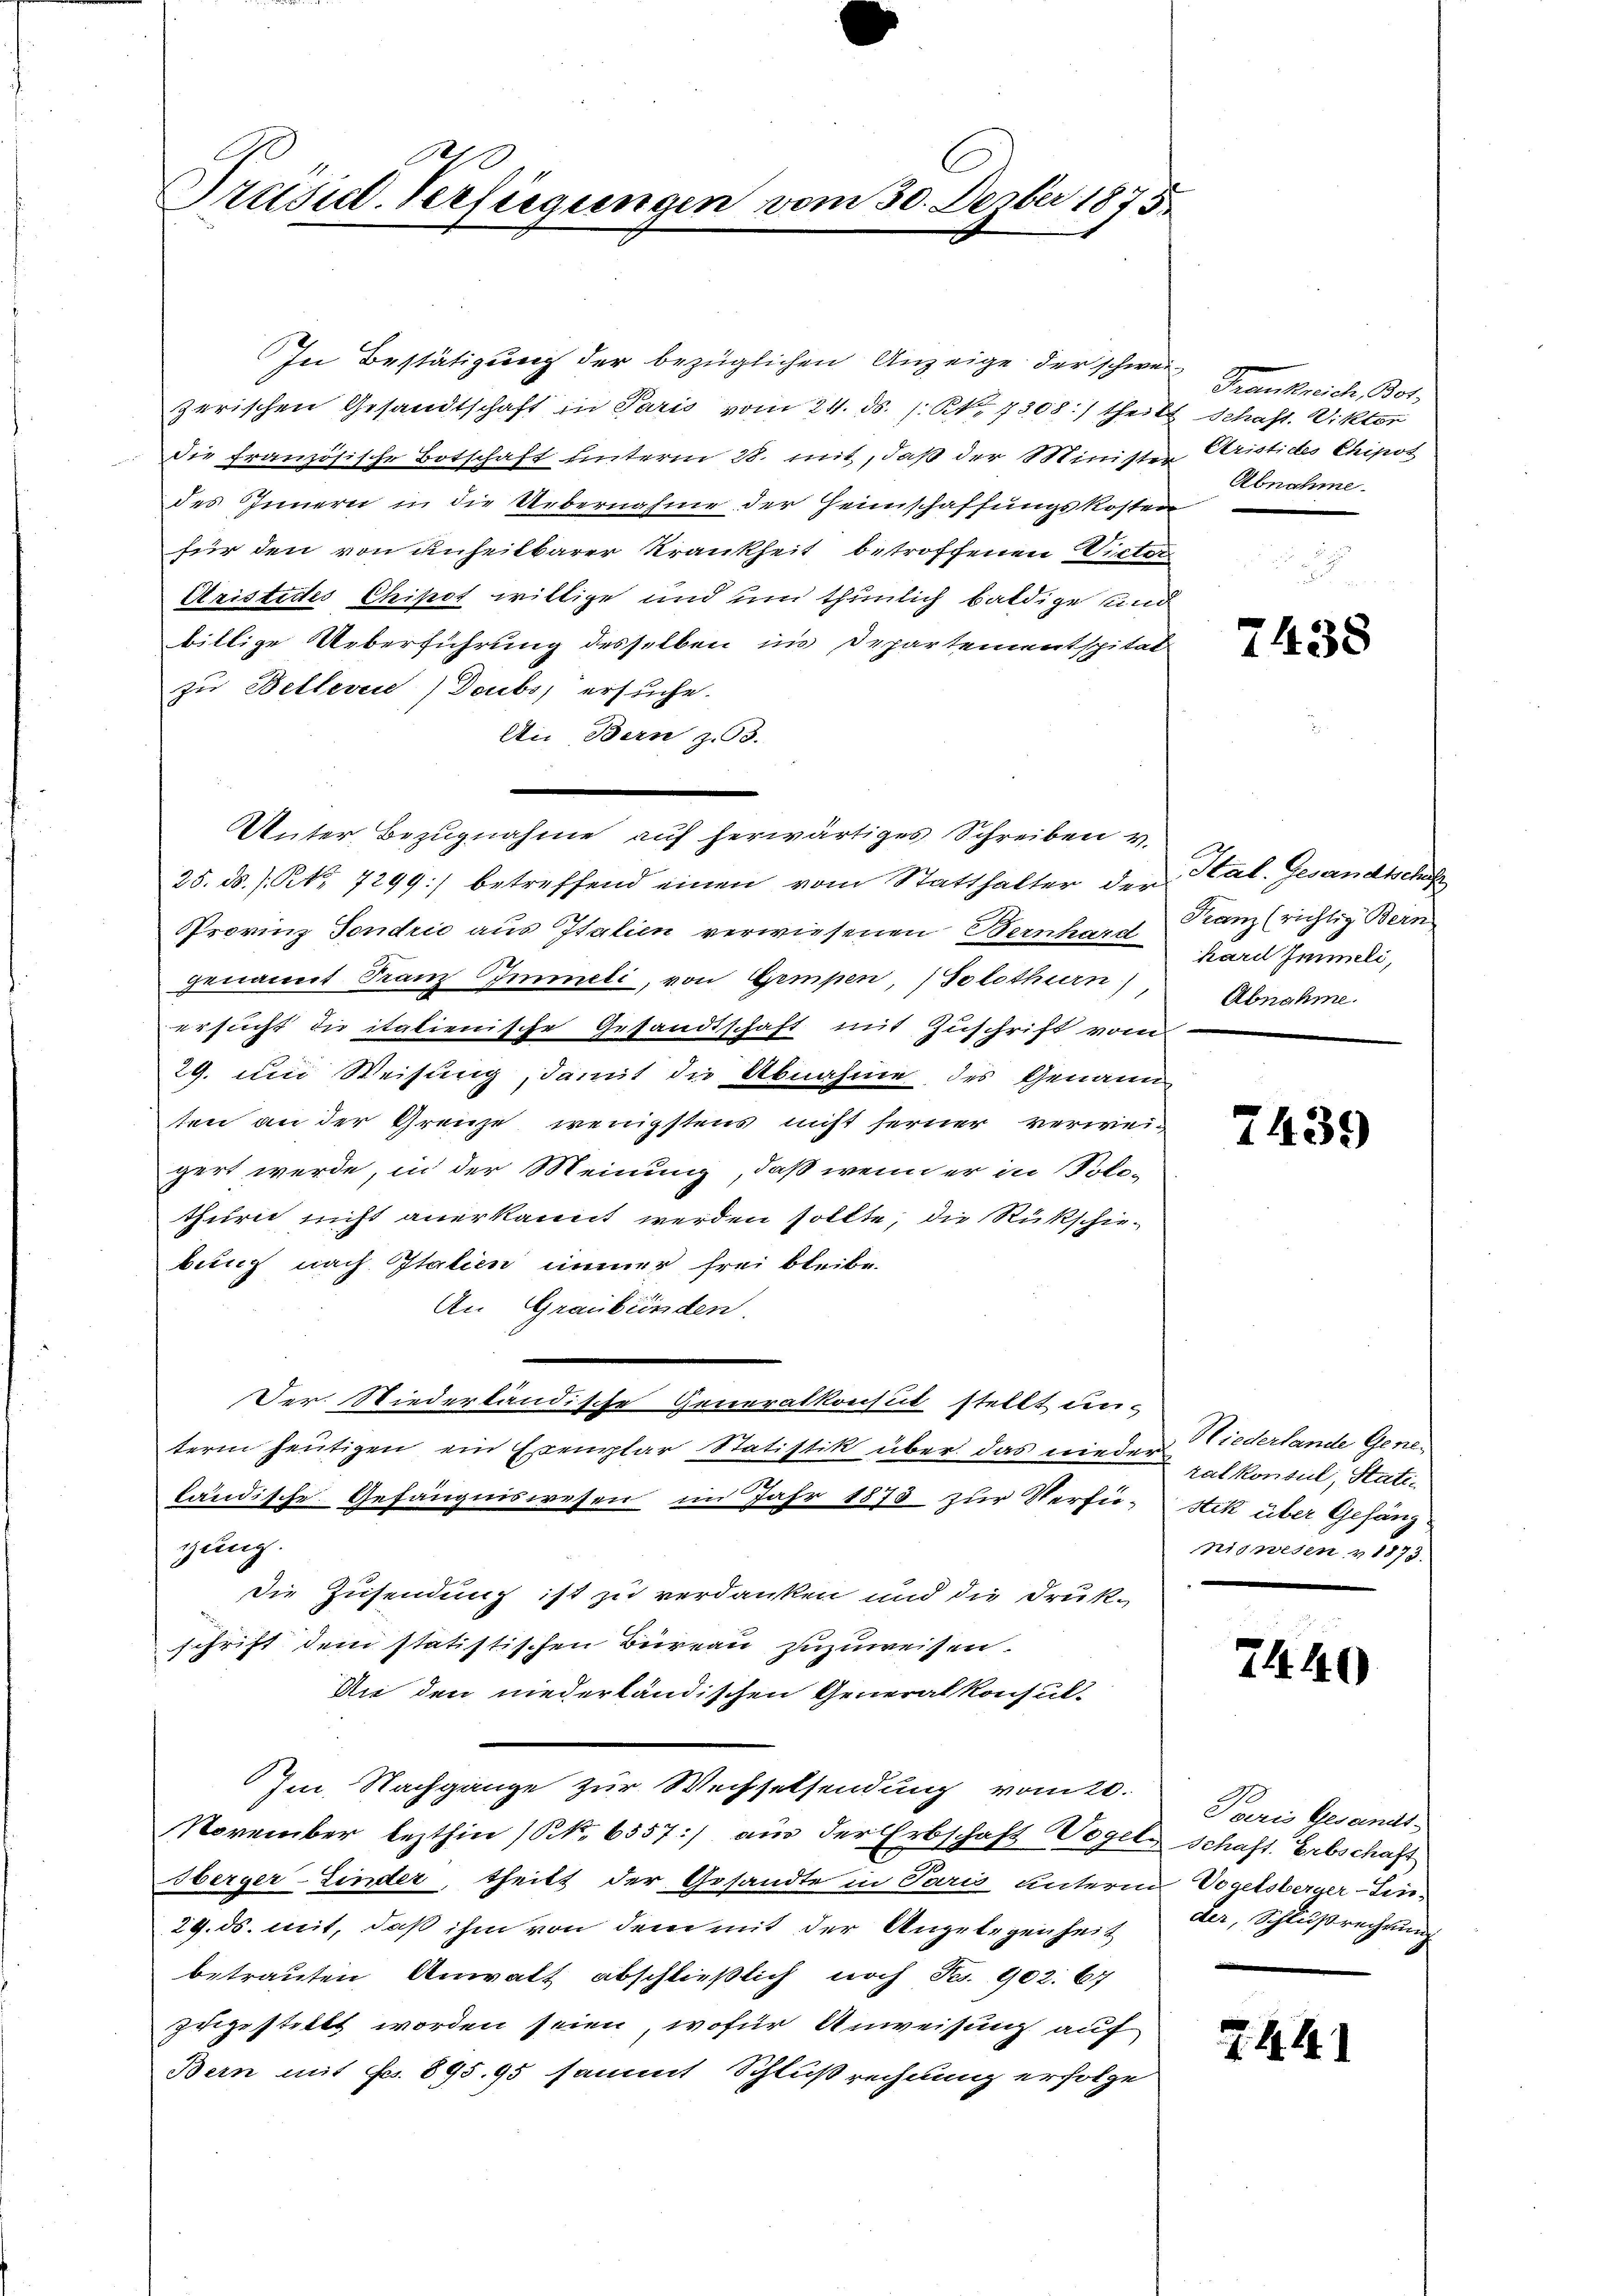
d
Präsid-Verfügungen vom 30. Dezber 1875.

In Bestätigung der bezüglichen Anzeige der schweizerischen Gesandtschaft in Paris vom 24. ds. s. S. 7308:) theils
die französische Botschaft unterm 28. mit, daß der Minister
des Innern in die Uebernahme der Heimschaffungskosten
für den von unheilbarer Krankheit betroffenen Victor
Aristides Chipot willige und um thunlich baldige und
billige Ueberführung desselben in Departementspital
zu Bellevice) Doubs ersuche.
An, Bern z. 93.
—
25. ds. s. No. 7299] betreffend einen vom Statthalter der Hal. Gesandtschul
Provinz Sondrić aus Italien verwiesenen Bernhart Franz (richtig Bern
genannt Franz Immeli, von Gempen, Solothurn)
ersucht die italienische Gesandtschaft mit Zuschrift vom
29. um Weisung, damit die Abnahme des Genann
ten an der Grenze wenigstens nicht ferner verweigert werde, in der Meinung, daß wenn er in Polithurn nicht anerkannt werden sollte, die Rückschiebung nach Italien immer frei bleibe
An Graubünden.
Der. Niederländische Generalkonsut stellt unterm heutigen ein Exemplar Statistik über das nieder palkonsul, Statiländische Gefängniswesen im Jahr 1873 zur Verfü-stik über Gefäng
gung.
die Zusendung ist zu verdanken und die Druk-
schrift dem statistischen Büreau zuzuweisen.
An den niederländischen Generalkonsul-
Im Nachgange zur Wechselsendung vom 20.
November lezthin (S. 6557) aus der Erbschaft Vogel schaft. Erbschaft
Oberger-Linder, theilt der Gesandte in Paris unterm Vogelsberger-Lin¬
29. ds. mit, daß ihm von dem mit der Angelegenheit
betrauten Anwalt abschließlich noch Fr. 902. 67
zugestellt worden seien, wofür Anweisung auf
Bern mit Fr. 895. 95 sammt Schluß rechnung erfolge

Unter Bezugnahme auf herwärtiges Schreiben v.

Frankreich Bot
 Schaft. Viktor
Cristides Chipot
Abnahme.

2438

kard Immeli,
Abnahme.

7439

Niederlande Geneniswesen v. 1873.

7449

0
Sari Gesandt-
der, Schlußrechnung

7. 441